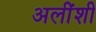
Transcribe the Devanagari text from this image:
अलींशी